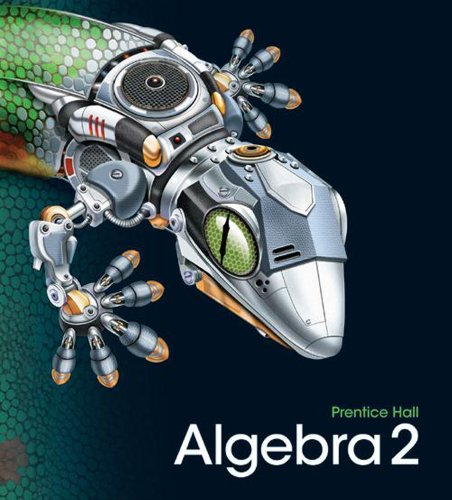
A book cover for HIGH SCHOOL MATH 2011 ALGEBRA 2 STUDENT EDITION; PRENTICE HALL; Teen & Young Adult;